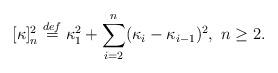
LaTeX: \begin{align*} [\kappa]_n^2 \stackrel{def}{=} \kappa_1^2 + \sum_{i=2}^n (\kappa_i - \kappa_{i-1})^2, \ n \ge 2.\end{align*}